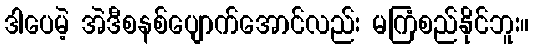
ဒါပေမဲ့ အဲဒီစနစ်ပျောက်အောင်လည်း မကြံစည်နိုင်ဘူး။